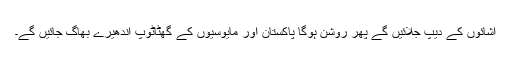
آشائوں کے دیپ جلائیں گے پھر روشن ہوگا پاکستان اور مایوسیوں کے گھٹاٹوپ اندھیرے بھاگ جائیں گے۔